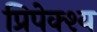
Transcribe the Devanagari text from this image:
प्रिपेक्श्य